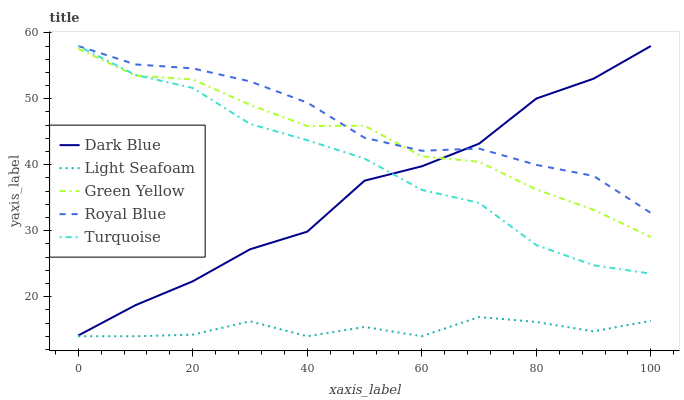
| xaxis_label | Dark Blue | Light Seafoam | Green Yellow | Royal Blue | Turquoise |
 | --- | --- | --- | --- | --- | --- |
 | 0 | 14.1 | 14 | 57.6 | 58 | 58 |
 | 10 | 18.7 | 14 | 53.5 | 55.2 | 53.6 |
 | 20 | 22.3 | 14.2 | 52.9 | 54.6 | 51.6 |
 | 30 | 27.2 | 16.3 | 49.1 | 52.6 | 46.2 |
 | 40 | 29.9 | 14 | 45.9 | 49.4 | 43.7 |
 | 50 | 37.6 | 15.4 | 45.9 | 44.1 | 40.9 |
 | 60 | 39.8 | 14 | 41.3 | 42.1 | 36.2 |
 | 70 | 43.2 | 16.9 | 40.4 | 42.5 | 34.2 |
 | 80 | 50 | 16.2 | 36.2 | 40 | 27.8 |
 | 90 | 53 | 14.7 | 33.2 | 38.3 | 24.8 |
 | 100 | 58 | 16.3 | 29 | 32.7 | 23.5 |